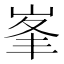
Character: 峯